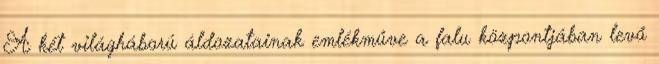
A két világháború áldozatainak emlékműve a falu központjában levő